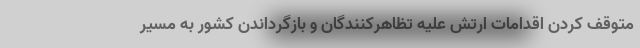
متوقف کردن اقدامات ارتش علیه تظاهرکنندگان و بازگرداندن کشور به مسیر